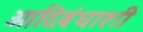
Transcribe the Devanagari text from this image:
आदिबंधाशी